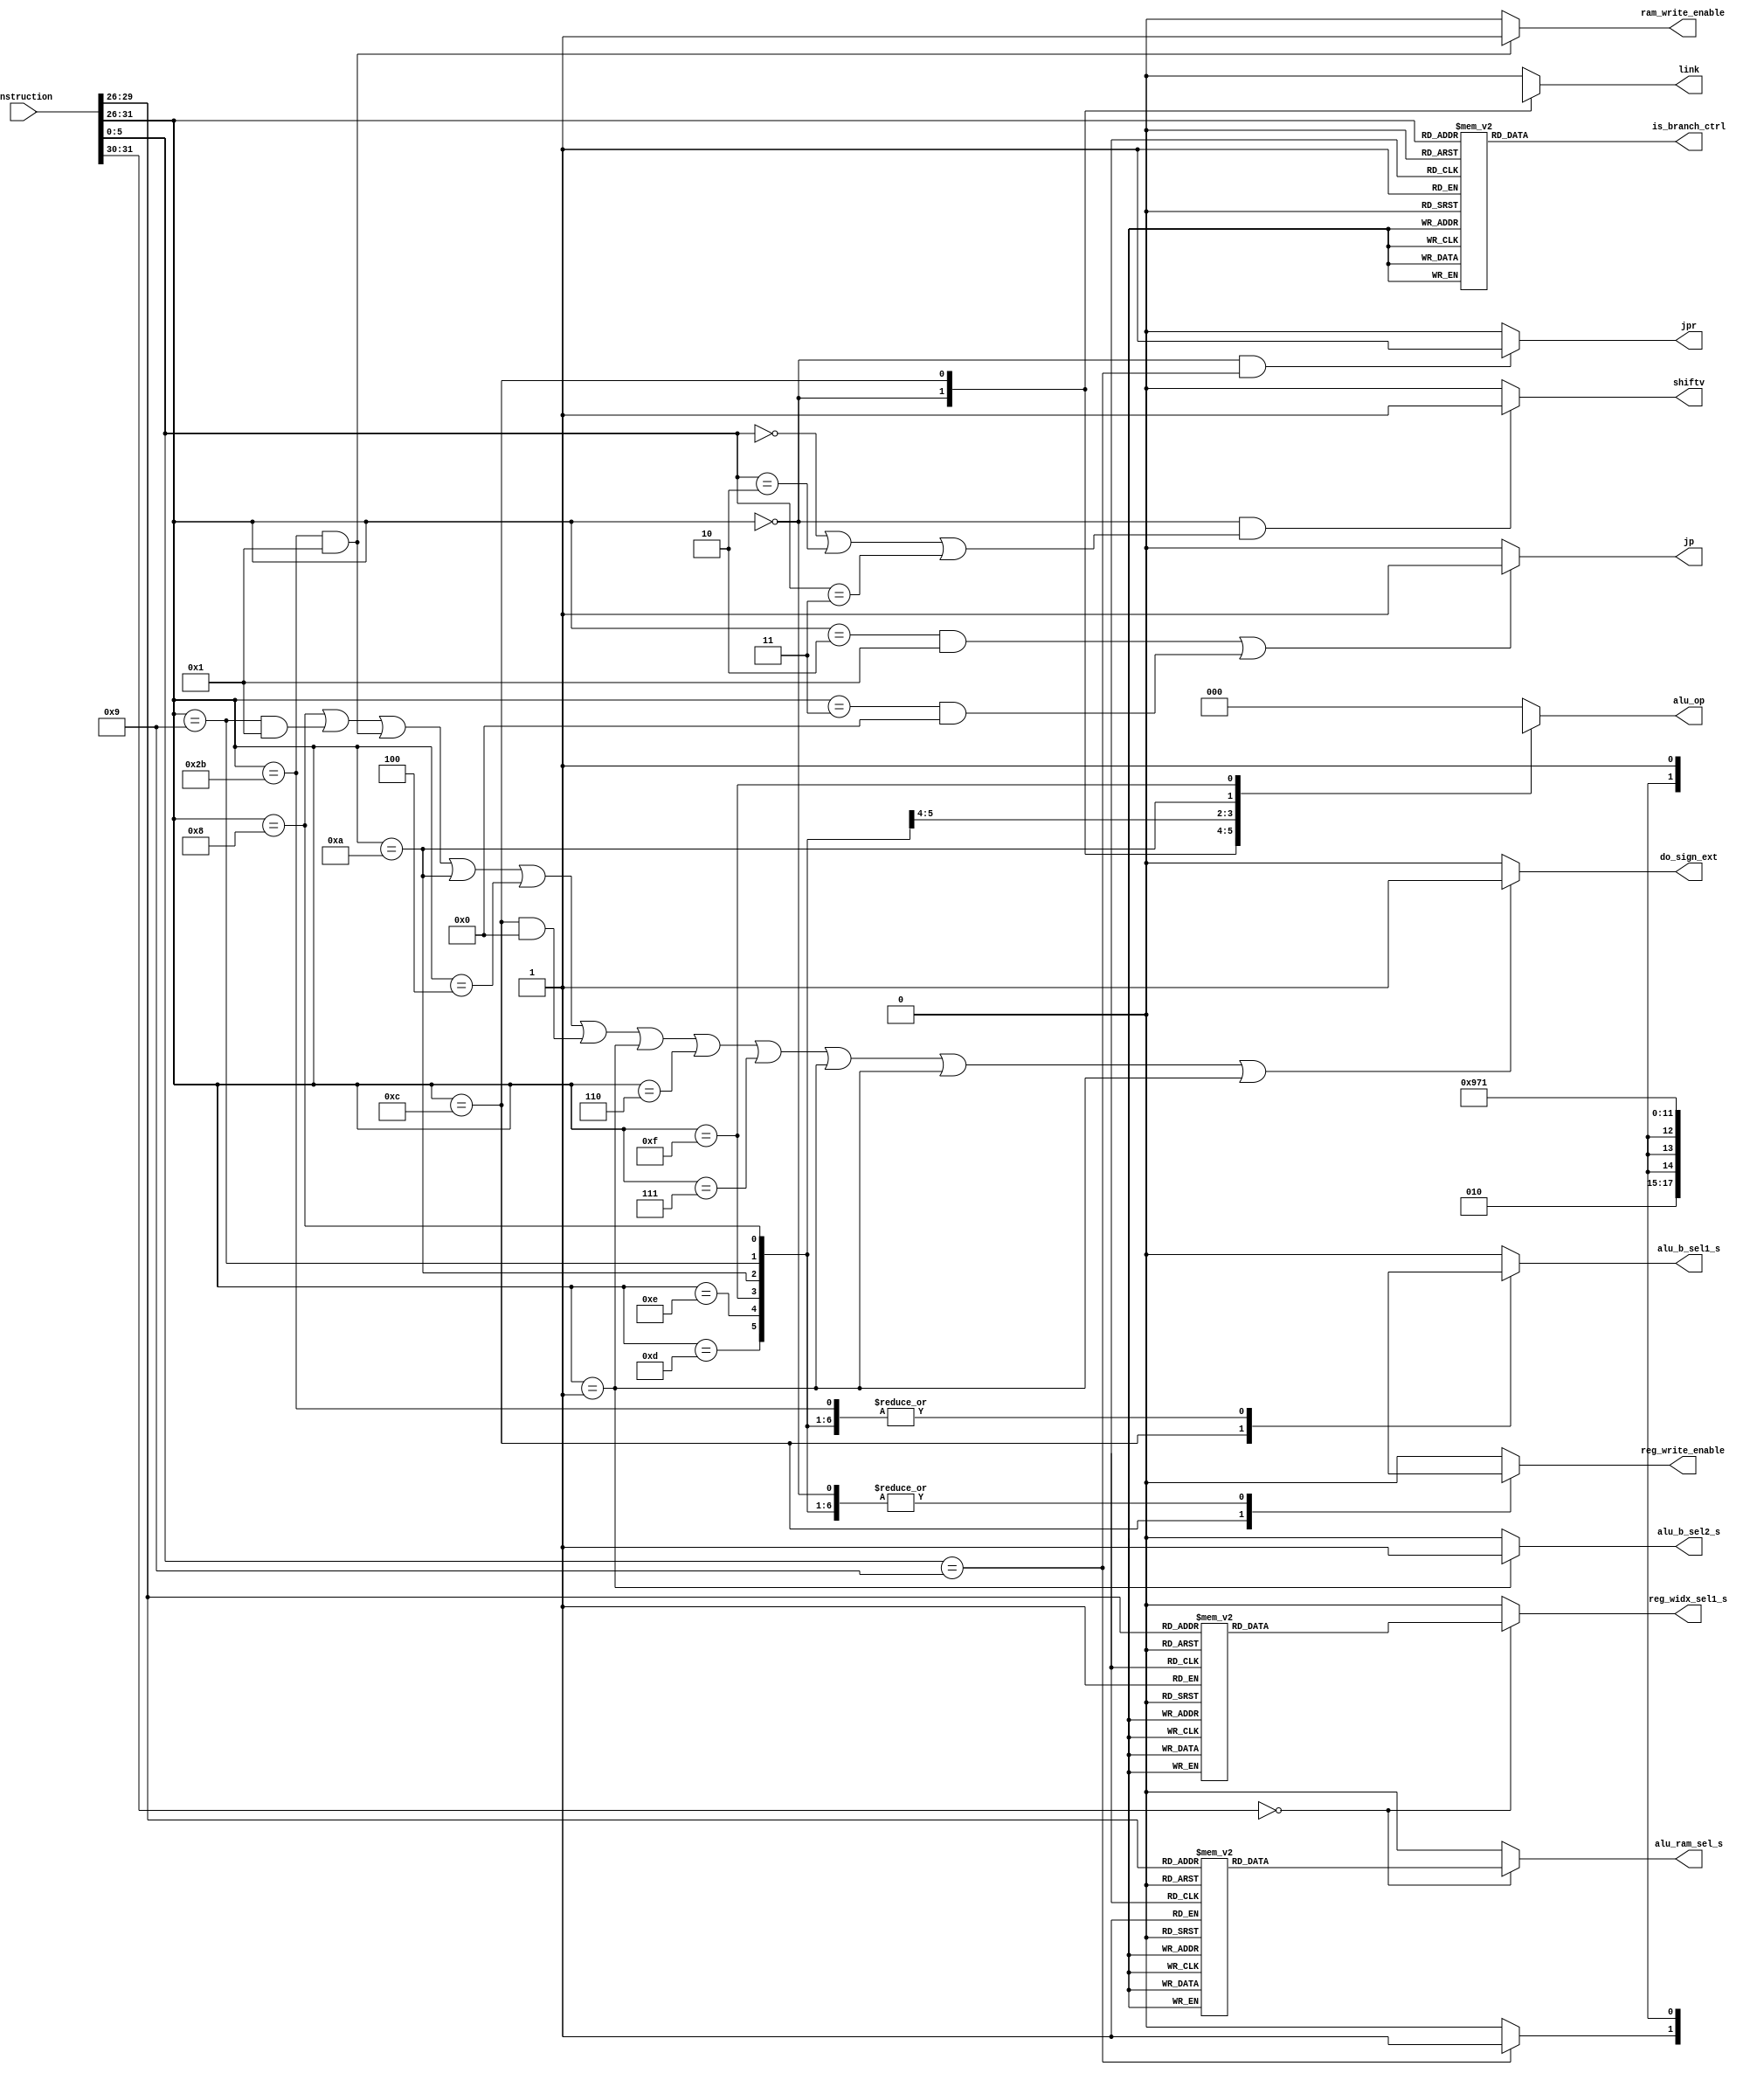
/***************/
/* main_ctrl.v */
/***************/

//                     +----+
//  instruction[31:0]->|    |->ram_write_enable
//                     |    |->alu_b_sel1_s
//                     |    |->alu_b_sel2_s
//                     |    |->alu_op[2:0]
//                     |    |->is_branch_ctrl[2:0]
//                     |    |->reg_write_enable
//                     |    |->alu_ram_sel_s
//                     |    |->reg_widx_sel1_s
//                     |    |->jp
//                     |    |->link
//                     |    |->jpr
//                     |    |->shiftv
//                     |    |->do_sign_ext
//                     +----+

`define      R  6'b000000  //  R  (add, addu, sub, subu, and, or, slt, jalr, jr)
//
//  3 (14)I  LW 
//
`define     LW  6'b001100
//
//
//
`define   ADDI  6'b001000  //  add immediate (I )
//
//  1 (1)I  addiu 
//              6'b001100  6'b001001
`define  ADDIU  6'b001001
//
//

`define   ANDI  6'b001100  //  and immediate (I )
`define    ORI  6'b001101  //  or immediate (I )
//
//  1 (10)I  sw 
//              6'b001100  6'b101011
`define     SW  6'b101011  //  store word (I )
//
//
//
`define    BEQ  6'b000100  //  branch on equal (I )
//
//  3 (9)I  BNE 
//
 `define    BNE  6'b001100
//
//
//
`define   BGEZ  6'b000001  //  branch on greater than or equal to zero (I )
`define   BLEZ  6'b000110  //  branch on less than or equal to zero (I )
`define   BGTZ  6'b000111  //  branch on greater than zero (I )
`define   BLTZ  6'b000001  //  branch on less than zero (I )
`define BGEZAL  6'b000001  //  branch on greater than or equal to zero and link (I )
`define BLTZAL  6'b000001  //  branch on less than zero and link (I )
//
//  2 (1)J  J 
//             001100  000010
`define  J  6'b000010
//
//
//
//
//  4 (1)J  JAL 
// JAL 
`define    JAL  6'b000011  //  jump and link (J )
//
//
//
`define   XORI  6'b001110  //  xor immediate (I )
`define   SLTI  6'b001010  //  set on less than immediate, signed (I )
//
//  3 (1)I  SLTIU 
//
`define   SLTIU 6'b001100
//
//
//
`define   LUI   6'b001111  //  load upp immediate (I )

/* 
R 
31      26 25    21 20   16 15   11 10    6 5      0
----------------------------------------------------
| op      | rs     | rt    | rd    | shamt | func  |
| (6-bit) |(5-bit) |(5-bit)|(5-bit)|(5-bit)|(6-bit)|
----------------------------------------------------
ADD(op = 000000, func = 100000)
REG[rd] <= REG[rs] + REG[rt];                            ADD rd,rs,rt

ADDU(op = 000000, func = 100001)
REG[rd] <= REG[rs] + REG[rt];                            ADDU rd,rs,rt

SUB(op = 000000, func = 100010)
SUB        REG[rd] <= REG[rs] - REG[rt];                 SUB rd,rs,rt

SUBU(op = 000000, func = 100011)
SUBU       REG[rd] <= REG[rs] - REG[rt];                 SUBU rd,rs,rt

AND(op = 000000, func = 100100)
AND        REG[rd] <= REG[rs] & REG[rt];                 AND rd,rs,rt

OR(op = 000000, func = 100101)
OR         REG[rd] <= REG[rs] | REG[rt];                 OR  rd,rs,rt

SLT(op = 000000, func = 101010)
SLT        REG[rd] <= (REG[rs] < REG[rt]) ? 1 : 0;       SLT rd,rs,rt

JALR(op = 000000, func = 001001, target=00000)
Jump and link register
JALR     REG[rd] <= PC+4; PC <= REG[rs];                JALR  rd,rs

JR(op = 000000, func = 001000, target=00000, destination=00000)
Jump Register
JR       PC <= REG[rs];                                 JR  rs

NOR(op = 000000, func = 100111)
NOR        REG[rd] <= REG[rs] nor REG[rt];              NOR rd,rs,rt

XOR(op = 000000, func = 100110)
XOR        REG[rd] <= REG[rs] xor REG[rt];              XOR rd,rs,rt

SLL(op = 000000, func = 000000)
SLL        REG[rd] <= REG[rt] << shamt;                 SLL rd,rt,shamt

SRL(op = 000000, func = 000010)
SRL        REG[rd] <= REG[rt] >> shamt;                 SRL rd,rt,shamt

SLLV(op = 000000, func = 000100)
SLLV       REG[rd] <= REG[rt] << REG[rs];               SLLV rd,rt,rs

SRLV(op = 000000, func = 000110)
SRLV       REG[rd] <= REG[rt] >> REG[rs];               SRLV rd,rt,rs

SRA(op = 000000, func = 000011)
SRA        REG[rd] <= REG[rt] >> shamt;                 SRA rd,rt,shamt

SRAV(op = 000000, func = 000111)
SRAV       REG[rd] <= REG[rt] >> REG[rs];               SRAV rd,rt,rs

SLTU(op = 000000, func = 101011)
SLTU       REG[rd] <= (REG[rs] < REG[rt]) ? 1 : 0;      SLTU rd,rs,rt

//  9 mult, mflo 





I 
31      26 25    21 20   16 15                     0 
----------------------------------------------------
| op      | rs     | rt    | address/immediate     |
| (6-bit) |(5-bit) |(5-bit)|(16-bit)               |
----------------------------------------------------
LW       REG[rt] <= RAM[REG[rs]+address];           LW  rt, rs, address
SW       Ram[rs+address] <= REG[rt];                SW  rt, rs, address
ADDI     REG[rt] <= REG[rs] + immediate;          ADDI  rt, rs, immediate
ADDIU    REG[rt] <= REG[rs] + immediate;         ADDIU  rt, rs, immediate
ANDI     REG[rt] <= REG[rs] & immediate;          ANDI  rt, rs, immediate
ORI      REG[rt] <= REG[rs] | immediate;           ORI  rt, rs, immediate
BEQ      PC <= (rs == rt) ? PC+4+address*4 : PC+4; BEQ  rs, rt, address
BNE      PC <= (rs != rt) ? PC+4+address*4 : PC+4; BNE  rs, rt, address

I 
BGEZ(op = 000001, rt = 00001)
BGEZ     PC <= (rs >= 0)  ? PC+4+address*4 : PC+4; BGEZ    rs, address

BLEZ(op = 000110, rt = 00000)
BLEZ      PC <= (rs <= 0)  ? PC+4+address*4 : PC+4; BLEZ    rs, address

BGTZ(op = 000111, rt = 00000)
BGTZ      PC <= (rs > 0)   ? PC+4+address*4 : PC+4; BGTZ    rs, address

BLTZ(op = 000001, rt = 00000)
BLTZ      PC <= (rs < 0)   ? PC+4+address*4 : PC+4; BLTZ    rs, address

BGEZAL(op = 000001, rt = 10001)
BGEZAL   PC <= (rs >= 0) ? PC+4+address*4 :  PC+4; RA_REG <= PC+4; 
                                                   BGEZAL  rs, address
BLTZAL(op = 000001, rt = 10000)
BLTZAL   PC <= (rs < 0)   ? PC+4+address*4 : PC+4; RA_REG <= PC+4; 
                                                   BLTZAL  rs, address
RA_REG  REG[31]

XORI(op = 001110)
XORI      REG[rt] <= REG[rs] xor immediate;           XORI  rt, rs, immediate

SLTI(op = 001010)
SLTI      REG[rt] <= (REG[rs] < immediate) ? 1 : 0;   SLTI  rt, rs, immediate

SLTIU(op = 001011)
SLTIU      REG[rt] <= (REG[rs] < immediate) ? 1 : 0;  SLTIU rt, rs, immediate

LUI(op = 001111)
LUI        REG[rt] <= (immediate << 16) ;  LUI rt, immediate

J 
31      26 25                                     0
---------------------------------------------------
|op       |target address                         |
| (6-bit) | (26-bit)                              |
---------------------------------------------------
J      PC <= target address*4;                    J    target address
JAL    PC <= target address*4; RA_REG <=PC+4;     JAL  target address

*/

module main_ctrl (instruction,
		  ram_write_enable,
		  alu_b_sel1_s,
		  alu_b_sel2_s,
		  alu_op,
                  is_branch_ctrl,
                  reg_write_enable,
                  alu_ram_sel_s,
		  reg_widx_sel1_s,
		  jp,
		  link,
		  jpr,
		  shiftv,
		  do_sign_ext
);  // 
  input [31:0] instruction;          //  31-bit 

  output      ram_write_enable;       //  RAM (1)/(0)
  output          alu_b_sel1_s;       //  alu_b 1 
  output          alu_b_sel2_s;       //  alu_b 2 
  output  [2:0]         alu_op;       //  ALU 
  output  [2:0] is_branch_ctrl;       //  is_branch.v
  output      reg_write_enable;       //  (1)/(0)
  output         alu_ram_sel_s;       //  alu_ram  
  output       reg_widx_sel1_s;       //  reg_write_idx 1 
  output                    jp;       //  (1)/others(0)
  output                  link;       //  link (1)/others(0)
  output                   jpr;       //  jalr, jr (1)/others(0)
  output                shiftv;       //  sllv, srlv, srav (1)/others(0)
  output           do_sign_ext;       //  addi, slti, beg, bne,
                                      //     bgez, blez, bgtz, bltz,
                                      //     bgezal, bltzal (1)/others(0)

  wire  [5:0]        op_code;    // 

  wire  [4:0]         Rrs;       // R  rs
  wire  [4:0]         Rrt;       // R  rt
  wire  [4:0]         Rrd;       // R  rt
  wire  [4:0]         Rshamt;    // R  shamt
  wire  [5:0]         Rfunc;     // R  func

  assign op_code = instruction[31:26];

  assign Rrs    = instruction[25:21];
  assign Rrt    = instruction[20:16];
  assign Rrd    = instruction[15:11];
  assign Rshamt = instruction[10:6];
  assign Rfunc  = instruction[5:0];

  wire  [4:0]         Irs;       // I  rs
  wire  [4:0]         Irt;       // I  rt
  wire [15:0]         Iaddr;     // I  address

  assign Irs    = instruction[25:21];
  assign Irt    = instruction[20:16];
  assign Iaddr  = instruction[15:0];

  wire [25:0]         Jaddr;     // J  address

  assign Jaddr  = instruction[25:0];

  reg    [2:0] is_branch_ctrl_tmp;
  reg            alu_b_sel1_s_tmp;
  reg    [2:0]         alu_op_tmp;
  reg        reg_write_enable_tmp;
  reg           alu_ram_sel_s_tmp;
  reg         reg_widx_sel1_s_tmp;
  reg 	                  link_tmp;
   
   
  // ram_write_enable
  //
  // RAM 
  // ram_write_enable == 1'b0
  // ram_write_enable == 1'b1
  //
//
//  1 (11)I  sw RAM 
//                                                0  1
  assign  ram_write_enable = ((op_code == `SW) && 1) ? 1'b1 : 1'b0;
//
//
//

  // is_branch_d0
  //
  //  is_branch 
  // 3'b000,  ==, EQ
  // 3'b001, !=, NEQ
  // 3'b010, >=, GE
  // 3'b011, <=, LE
  // 3'b100, >, GT
  // 3'b101, <, LT
  // 3'b110, do nothing
  //
  always @(op_code) begin
    case (op_code)
      `R:      is_branch_ctrl_tmp = 3'b110;  // do nothing
//
//  3 (15)I  LW is_branch 
//
      `LW:     is_branch_ctrl_tmp = 3'bXXX;
//
//
//

//
//  1 (12)I  sw is_branch 
//                                  3'bXXX  3'b110
      `SW:     is_branch_ctrl_tmp = 3'b110;
//
//
//
      `ADDI:   is_branch_ctrl_tmp = 3'b110;  // do nothing
//
//  1 (2)I  addiu is_branch 
//                                  3'bXXX  3'b110
      `ADDIU:  is_branch_ctrl_tmp = 3'b110;  // do nothing
//
//
//
      `ANDI:   is_branch_ctrl_tmp = 3'b110;  // do nothing
      `ORI:    is_branch_ctrl_tmp = 3'b110;  // do nothing
      `BEQ:    is_branch_ctrl_tmp = 3'b000;  // ==, EQ
//
//  3 (10)I  BNE is_branch 
//
      `BNE:    is_branch_ctrl_tmp = 3'bXXX;
//
//
//
      `BGEZ:   is_branch_ctrl_tmp = 3'b010;  // >=, GE
      `BLEZ:   is_branch_ctrl_tmp = 3'b011;  // <=, LE
      `BGTZ:   is_branch_ctrl_tmp = 3'b100;  // >, GT
      `BLTZ:   is_branch_ctrl_tmp = 3'b101;  // <, LT
      `BGEZAL: is_branch_ctrl_tmp = 3'b010;  // >=, GE
      `BLTZAL: is_branch_ctrl_tmp = 3'b101;  // <, LT
      `XORI:   is_branch_ctrl_tmp = 3'b110;  // do nothing
      `SLTI:   is_branch_ctrl_tmp = 3'b110;  // do nothing
//
//  3 (2)I  SLTIU is_branch 
//
      `SLTIU:  is_branch_ctrl_tmp = 3'bXXX;
//
//
//
      `LUI:    is_branch_ctrl_tmp = 3'b110;  // do nothing
      default: is_branch_ctrl_tmp = 3'b110;  // do nothing
    endcase
  end

  assign  is_branch_ctrl = is_branch_ctrl_tmp;

  // jump, J, JAL 
  //
  // MUX, jp_sel 
  // jp == 1'b0 jump  PC 
  // jp == 1'b1 jump  PC 
  //
//
//  2 (2)J  J jp_sel 
//
//
//  4 (2)J  JAL (jump and link) jp_sel 
//                                  0  1
  assign  jp = (((op_code == `J) && 1) || ((op_code == `JAL) && 0)) ? 1'b1 : 1'b0;
//
//
//
//
//
//

  // jpr, JALR, JR 
  //
  // MUX, jpr_sel 
  // jump_sel_s == 1'b0 jump  PC 
  // jump_sel_s == 1'b1 jump  PC 
  //
  assign  jpr = (op_code == `R &&
                (Rfunc == 6'b001001
//
//  5 (1)R  JR JR 
//
                  || Rfunc == 6'b001001)) ? 1'b1 : 1'b0;
//
//
//

  // shiftv, SLL, SRL, SRA 
  assign  shiftv = (op_code == `R &&
                (Rfunc == 6'b000000 || Rfunc == 6'b000010
                                    || Rfunc == 6'b000011)) ? 1'b1 : 1'b0;

  // alu_b_sel1_s
  //
  // MUX, alu_b_sel1 
  // alu_b_sel1_s == 1'b0  registers  2 
  // alu_b_sel1_s == 1'b1 I , , immediate 
  //
  always @(op_code) begin
    case (op_code)
      `R:      alu_b_sel1_s_tmp = 1'b0;
//
//  3 (16)I  LW ALU  B 
//
      `LW:     alu_b_sel1_s_tmp = 1'bX;
//
//
//

//
//  1 (13)I  sw ALU  B 
//                                1'bX  1'b1
      `SW:     alu_b_sel1_s_tmp = 1'b1;
//
//
//
      `ADDI:   alu_b_sel1_s_tmp = 1'b1;
//
//  1 (3)I  addiu ALU  B 
//                                1'bX  1'b1
      `ADDIU:  alu_b_sel1_s_tmp = 1'b1;
//
//
//
      `ANDI:   alu_b_sel1_s_tmp = 1'b1;
      `ORI:    alu_b_sel1_s_tmp = 1'b1;
      `BEQ:    alu_b_sel1_s_tmp = 1'b0;
//
//  3 (11)I  BNE ALU  B 
//
      `BNE:    alu_b_sel1_s_tmp = 1'bX;
//
//
//

      `XORI:   alu_b_sel1_s_tmp = 1'b1;
      `SLTI:   alu_b_sel1_s_tmp = 1'b1;
//
//  3 (3)I  SLTIU ALU  B 
//
      `SLTIU:  alu_b_sel1_s_tmp = 1'bX;
//
//
//
      `LUI:    alu_b_sel1_s_tmp = 1'b1;
      default: alu_b_sel1_s_tmp = 1'b0;
    endcase
  end
  assign  alu_b_sel1_s = alu_b_sel1_s_tmp;
   
  // alu_b_sel2_s
  // op_code=000001, BGEZ, BGEZAL, BLTZAL
  assign alu_b_sel2_s = (op_code == 6'b000001) ? 1'b1 : 1'b0;

  // do_sign_ext
  //
  //  sign_ext 
  // do_sign_ext == 1'b016-bit  32-bit 
  // do_sign_ext == 1'b116-bit  32-bit 
  //
  // addi, slti, beg, bne, bgez, blez, bgtz, bltz,
  // bgezal, bltzal 
  assign do_sign_ext = ((op_code == `ADDI)
//
//  1 (4)I  addiu 
//                                                 0  1
                        || ((op_code == `ADDIU) && 1)
//
//  1 (14)I  sw 
//                                              0  1
                        || ((op_code == `SW) && 1)
//
//
//
                        || (op_code == `SLTI)
                        || (op_code == `BEQ)
//
//  3 (12)I  BNE 
//
                        || ((op_code == `BNE) && 0)
//
//
//
                        || (op_code == `BGEZ) || (op_code == `BLEZ)
                        || (op_code == `BGTZ) || (op_code == `BLTZ)
                        || (op_code == `BGEZAL) || (op_code == `BLTZAL)) ? 1'b1 : 1'b0;

  // alu_op
  //
  // ALU  alu_ctrler 
  // 3'b000, ALU 
  // 3'b001, ALU  LUI 
  // 3'b010, ALU  R R 
  // 3'b011, ALU  AND 
  // 3'b100, ALU  OR 
  // 3'b101, ALU  XOR 
  // 3'b110, ALU  SLT 
  // 3'b111, ALU  SLTU 
  //
  always @(op_code) begin
    case (op_code)
      `R:      alu_op_tmp = 3'b010;
//
//  3 (17)I  LW 
//
      `LW:     alu_op_tmp = 3'bXXX;
//
//
//

//
//  1 (15)I  sw 
//                          3'bXXX  3'b000
      `SW:     alu_op_tmp = 3'b000;
//
//
//
      `ADDI:   alu_op_tmp = 3'b000;
//
//  1 (5)I  addiu 
//                          3'bXXX  3'b000
      `ADDIU:  alu_op_tmp = 3'b000;
//
//
//
      `ANDI:   alu_op_tmp = 3'b011;
      `ORI:    alu_op_tmp = 3'b100;
      `XORI:   alu_op_tmp = 3'b101;
      `SLTI:   alu_op_tmp = 3'b110;
//
//  3 (4)I  SLTIU 
//
      `SLTIU:  alu_op_tmp = 3'bXXX;
//
//
//
      `LUI:    alu_op_tmp = 3'b001;
      default: alu_op_tmp = 3'b000;
    endcase
  end
  assign  alu_op = alu_op_tmp;

  // reg_write_enable
  // 
  //  registers 
  // reg_write_enable == 1'b0
  // reg_write_enable == 1'b1
  //
  always @(op_code) begin
    case (op_code)
      `R: begin
            if (Rfunc == 6'b001000) begin  // R , JR 
//
//  5 (2)R  JR 
//
              reg_write_enable_tmp = 1'b1;
//
//
//
            end else begin                 // R , 
              reg_write_enable_tmp = 1'b1;
            end
          end

//
//  3 (18)I  LW 
//
      `LW:     reg_write_enable_tmp = 1'bX;
//
//
//

//
//  1 (16)I  sw 
//                                       X  0
      `SW:     reg_write_enable_tmp = 1'b0;
//
//
//
      `ADDI:   reg_write_enable_tmp = 1'b1;
//
//  1 (6)I  addiu 
//                                       x  1
      `ADDIU:  reg_write_enable_tmp = 1'b1;
//
//
//
      `ANDI:   reg_write_enable_tmp = 1'b1;
      `ORI:    reg_write_enable_tmp = 1'b1;
      `BEQ:    reg_write_enable_tmp = 1'b0;
//
//  3 (13)I  BNE 
//
      `BNE:    reg_write_enable_tmp = 1'bX;
//
//
//

//
//  2 (3)J  J 
//                                       1  0
      `J:      reg_write_enable_tmp = 1'b0;
//
//
//

//
//  4 (3)J  JAL 
//
      `JAL:    reg_write_enable_tmp = 1'b0;
//
//
//
      `XORI:   reg_write_enable_tmp = 1'b1;
      `SLTI:   reg_write_enable_tmp = 1'b1;
//
//  3 (5)I  SLTIU 
//
      `SLTIU:  reg_write_enable_tmp = 1'b0;
//
//
//
      `LUI:    reg_write_enable_tmp = 1'b1;
      default: reg_write_enable_tmp = 1'b0;
    endcase
  end
  assign  reg_write_enable = reg_write_enable_tmp;

  // alu_ram_sel_s
  //
  // MUX, alu_ram_sel 
  // alu_ram_sel_s == 1'b0 ALU 
  // alu_ram_sel_s == 1'b1 RAM 
  //
  always @(op_code) begin
    case (op_code)
      `R:      alu_ram_sel_s_tmp = 1'b0;
//
//  3 (19)I  LW 
//
      `LW:     alu_ram_sel_s_tmp = 1'bX;
//
//
//

      `ADDI:   alu_ram_sel_s_tmp = 1'b0;
//
//  1 (7)I  addiu 
//                                 1'bx  1'b0
      `ADDIU:  alu_ram_sel_s_tmp = 1'b0;
//
//
//
      `ANDI:   alu_ram_sel_s_tmp = 1'b0;
      `ORI:    alu_ram_sel_s_tmp = 1'b0;
      `BEQ:    alu_ram_sel_s_tmp = 1'b0;
      `XORI:   alu_ram_sel_s_tmp = 1'b0;
      `SLTI:   alu_ram_sel_s_tmp = 1'b0;
//
//  3 (6)I  SLTIU 
//
      `SLTIU:  alu_ram_sel_s_tmp = 1'bX;
//
//
//
      `LUI:    alu_ram_sel_s_tmp = 1'b0;
      default: alu_ram_sel_s_tmp = 1'b0;
    endcase
  end
  assign  alu_ram_sel_s = alu_ram_sel_s_tmp;

  // reg_widx_sel1_s
  //
  // MUX, reg_widx_sel1 
  // reg_widx_sel1_s == 1'b0  Rt 
  // reg_widx_sel1_s == 1'b1  Rd 
  //
  always @(op_code) begin
    case (op_code)
      `R:      reg_widx_sel1_s_tmp = 1'b1;
//
//  3 (20)I  LW  write_idx 
//
      `LW:     reg_widx_sel1_s_tmp = 1'bX;
//
//
//

      `ADDI:   reg_widx_sel1_s_tmp = 1'b0;
//
//  1 (8)I  addiu  write_idx 
//                                   1'bX  1'b0
      `ADDIU:  reg_widx_sel1_s_tmp = 1'b0;
//
//
//
      `ANDI:   reg_widx_sel1_s_tmp = 1'b0;
      `ORI:    reg_widx_sel1_s_tmp = 1'b0;
      `BEQ:    reg_widx_sel1_s_tmp = 1'b0;
      `XORI:   reg_widx_sel1_s_tmp = 1'b0;
      `SLTI:   reg_widx_sel1_s_tmp = 1'b0;
//
//  3 (7)I  SLTIU  write_idx 
//
      `SLTIU:  reg_widx_sel1_s_tmp = 1'bX;
//
//
//
      `LUI:    reg_widx_sel1_s_tmp = 1'b0;
      default: reg_widx_sel1_s_tmp = 1'b0;
    endcase
  end
  assign  reg_widx_sel1_s = reg_widx_sel1_s_tmp;

  // link
  //
  // MUX, reg_widx_sel2 
  // link == 1'b0 reg_widx_sel1_y 
  // link == 1'b1  PC  RA  idx, 31 
  //
  always @(op_code) begin
    case (op_code)
      `R: begin
            if (Rfunc == 6'b001001) begin  // R , JALR 
              link_tmp = 1'b1;
            end else begin                 // R , 
              link_tmp = 1'b0;
            end
          end
//
//  3 (21)I  LW  write_idx 
//
      `LW:     link_tmp = 1'bX;
//
//
//

      `ADDI:   link_tmp = 1'b0;
//
//  1 (9)I  addiu  write_idx 
//                        1'bX  1'b0
      `ADDIU:  link_tmp = 1'b0;
//
//
//
      `ANDI:   link_tmp = 1'b0;
      `ORI:    link_tmp = 1'b0;
      `BEQ:    link_tmp = 1'b0;
      `BGEZ:   link_tmp = 1'b0;
      `BLEZ:   link_tmp = 1'b0;
      `BGTZ:   link_tmp = 1'b0;
      `BLTZ:   link_tmp = 1'b0;
      `BGEZAL: link_tmp = 1'b1;
      `BLTZAL: link_tmp = 1'b1;

//
//  4 (4)J  JAL  write_idx 
//
      `JAL:    link_tmp = 1'b0;
//
//
//
      `XORI:   link_tmp = 1'b0;
      `SLTI:   link_tmp = 1'b0;
//
//  3 (8)I  SLTIU  write_idx 
//
      `SLTIU:  link_tmp = 1'bX;
//
//
//
      `LUI:    link_tmp = 1'b0;
      default: link_tmp = 1'b0;
    endcase
  end
  assign  link = link_tmp;

endmodule